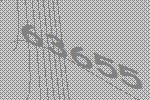
63655